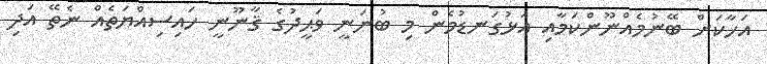
އަހާކަށް ބޭނުމެއްނޫންކަމާއި އަޅުގަނޑުމެން މި ބުނަނީ ވަޙީދުގެ ޤާނޫނީ ހައިސިއްޔަތެއް ނެތޭ އަދި